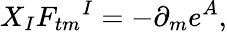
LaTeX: X_{I}F_{tm}{}^{I}=-\partial_{m}e^{A},